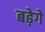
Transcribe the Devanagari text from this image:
बढ़ेगे